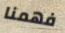
فهمنا